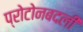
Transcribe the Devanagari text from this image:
प्रोटोनबदली